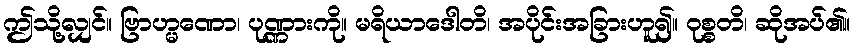
ဤသို့လျှင်။ ဗြာဟ္မဏော၊ ပုဏ္ဏားကို။ မရိယာဒေါတိ၊ အပိုင်းအခြားဟူ၍။ ဝုစ္စတိ၊ ဆိုအပ်၏။